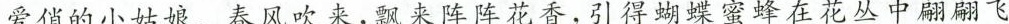
爱俏的小姑娘。春风吹来，飘来阵阵花香，引得蝴蝶蜜蜂在花丛中翩翩飞